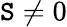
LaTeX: \mathtt{S}\ne0